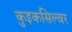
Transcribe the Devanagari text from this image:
कुइकसिल्वर